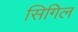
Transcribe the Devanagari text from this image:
सिगिल